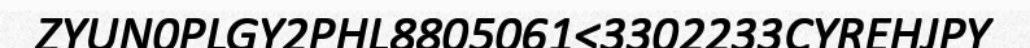
ZYUN0PLGY2PHL8805061<3302233CYREHJPY